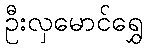
ဦးလှမောင်ရွှေ